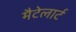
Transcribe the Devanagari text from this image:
मैटेलार्ट